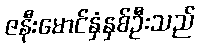
ဇနီးမောင်နှံနှစ်ဦးသည်